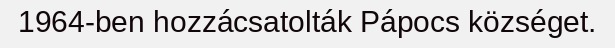
1964-ben hozzácsatolták Pápocs községet.